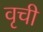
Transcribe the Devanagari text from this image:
वृची